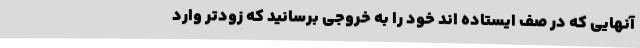
آنهایی که در صف ایستاده اند خود را به خروجی برسانید که زودتر وارد